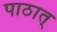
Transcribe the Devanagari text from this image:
पाठात्‌